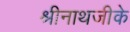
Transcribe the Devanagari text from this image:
श्रीनाथजीके